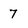
Character: 7